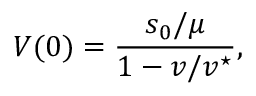
V ( 0 ) = \frac { s _ { 0 } / \mu } { 1 - v / v ^ { \star } } ,